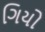
ગિયો